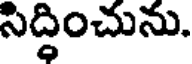
సిద్ధించును.